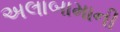
અલાબામાની